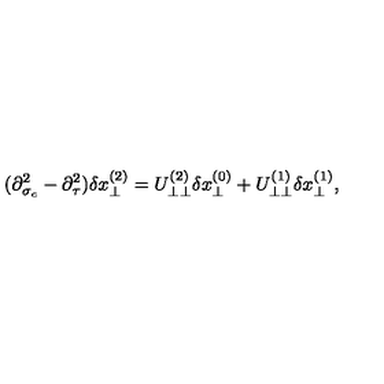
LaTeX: ( \partial _ { \sigma _ { c } } ^ { 2 } - \partial _ { \tau } ^ { 2 } ) \delta x _ { \perp } ^ { ( 2 ) } = U _ { \perp \perp } ^ { ( 2 ) } \delta x _ { \perp } ^ { ( 0 ) } + U _ { \perp \perp } ^ { ( 1 ) } \delta x _ { \perp } ^ { ( 1 ) } ,